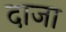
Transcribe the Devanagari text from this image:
दाजा